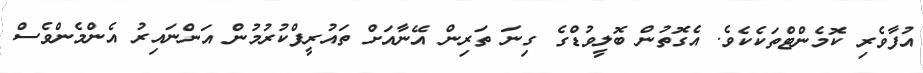
އުފާވެރި ކޮމެންޓްތަކެކެވެ. އެގޮތުން ބޮލީވުޑްގެ ގިނަ ތަރިން އޭނާއަށް ތައުރީފްކުރުމުން އަންނައިރު އެންމެންވެސް